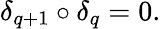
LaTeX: \delta_{q+1}\circ\delta_{q}=0.